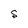
Character: S